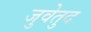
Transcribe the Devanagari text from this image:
जुवेतुद